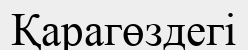
Қарагөздегі